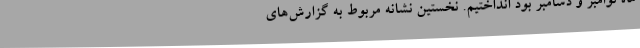
ماه نوامبر و دسامبر بود انداختیم. نخستین نشانه مربوط به گزارش‌های